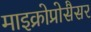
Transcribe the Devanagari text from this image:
माइक्रोप्रोसैसर